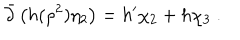
LaTeX: \bar { \partial } \left( h ( \rho ^ { 2 } ) \eta _ { 2 } \right) = h ^ { \prime } \chi _ { 2 } + h \chi _ { 3 } \ .